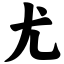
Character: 尤